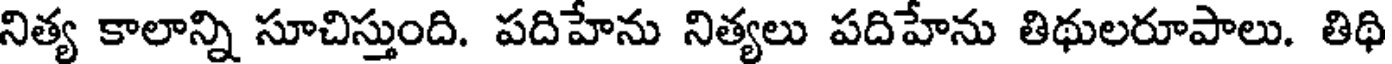
నిత్య కాలాన్ని సూచిస్తుంది. పదిహేను నిత్యలు పదిహేను తిథులరూపాలు. తిథి